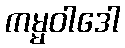
ကမ္မဝါဒေါ